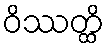
ဝိဿတ္ထိ